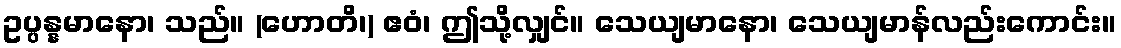
ဥပ္ပန္နမာနော၊ သည်။ (ဟောတိ၊) ဧဝံ၊ ဤသို့လျှင်။ သေယျမာနော၊ သေယျမာန်လည်းကောင်း။